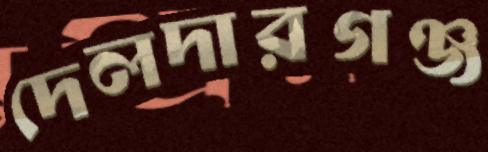
দেলদারগঞ্জ